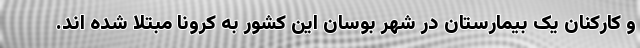
و کارکنان یک بیمارستان در شهر بوسان این کشور به کرونا مبتلا شده اند.